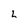
Character: L